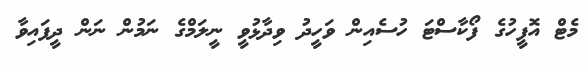
މެޓް އޮފީހުގެ ފޯކާސްޓަ ހުސެއިން ވަހީދު ވިދާޅުވީ ނީލަމްގެ ނަމުން ނަން ދީފައިވާ